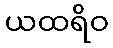
ယထရိဝ